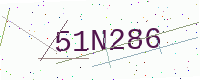
Text: 51N286